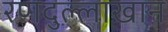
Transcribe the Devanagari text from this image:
रणदुल्लाखान